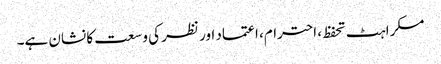
مسکراہٹ تحفظ، احترام، اعتماد اور نظر کی وسعت کا نشان ہے۔